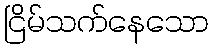
ငြိမ်သက်နေသော